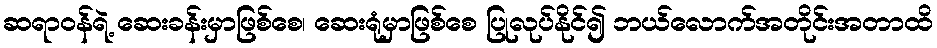
ဆရာ၀န်ရဲ့ ဆေးခန်းမှာဖြစ်စေ၊ ဆေးရုံမှာဖြစ်စေ ပြုလုပ်နိုင်၍ ဘယ်လောက်အတိုင်းအတာထိ